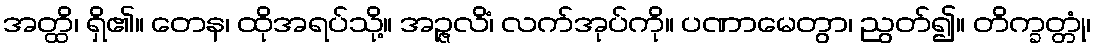
အတ္ထိ၊ ရှိ၏။ တေန၊ ထိုအရပ်သို့။ အဉ္ဇလိံ၊ လက်အုပ်ကို။ ပဏာမေတွာ၊ ညွတ်၍။ တိက္ခတ္တုံ၊